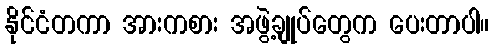
နိုင်ငံတကာ အားကစား အဖွဲ့ချုပ်တွေက ပေးတာပါ။